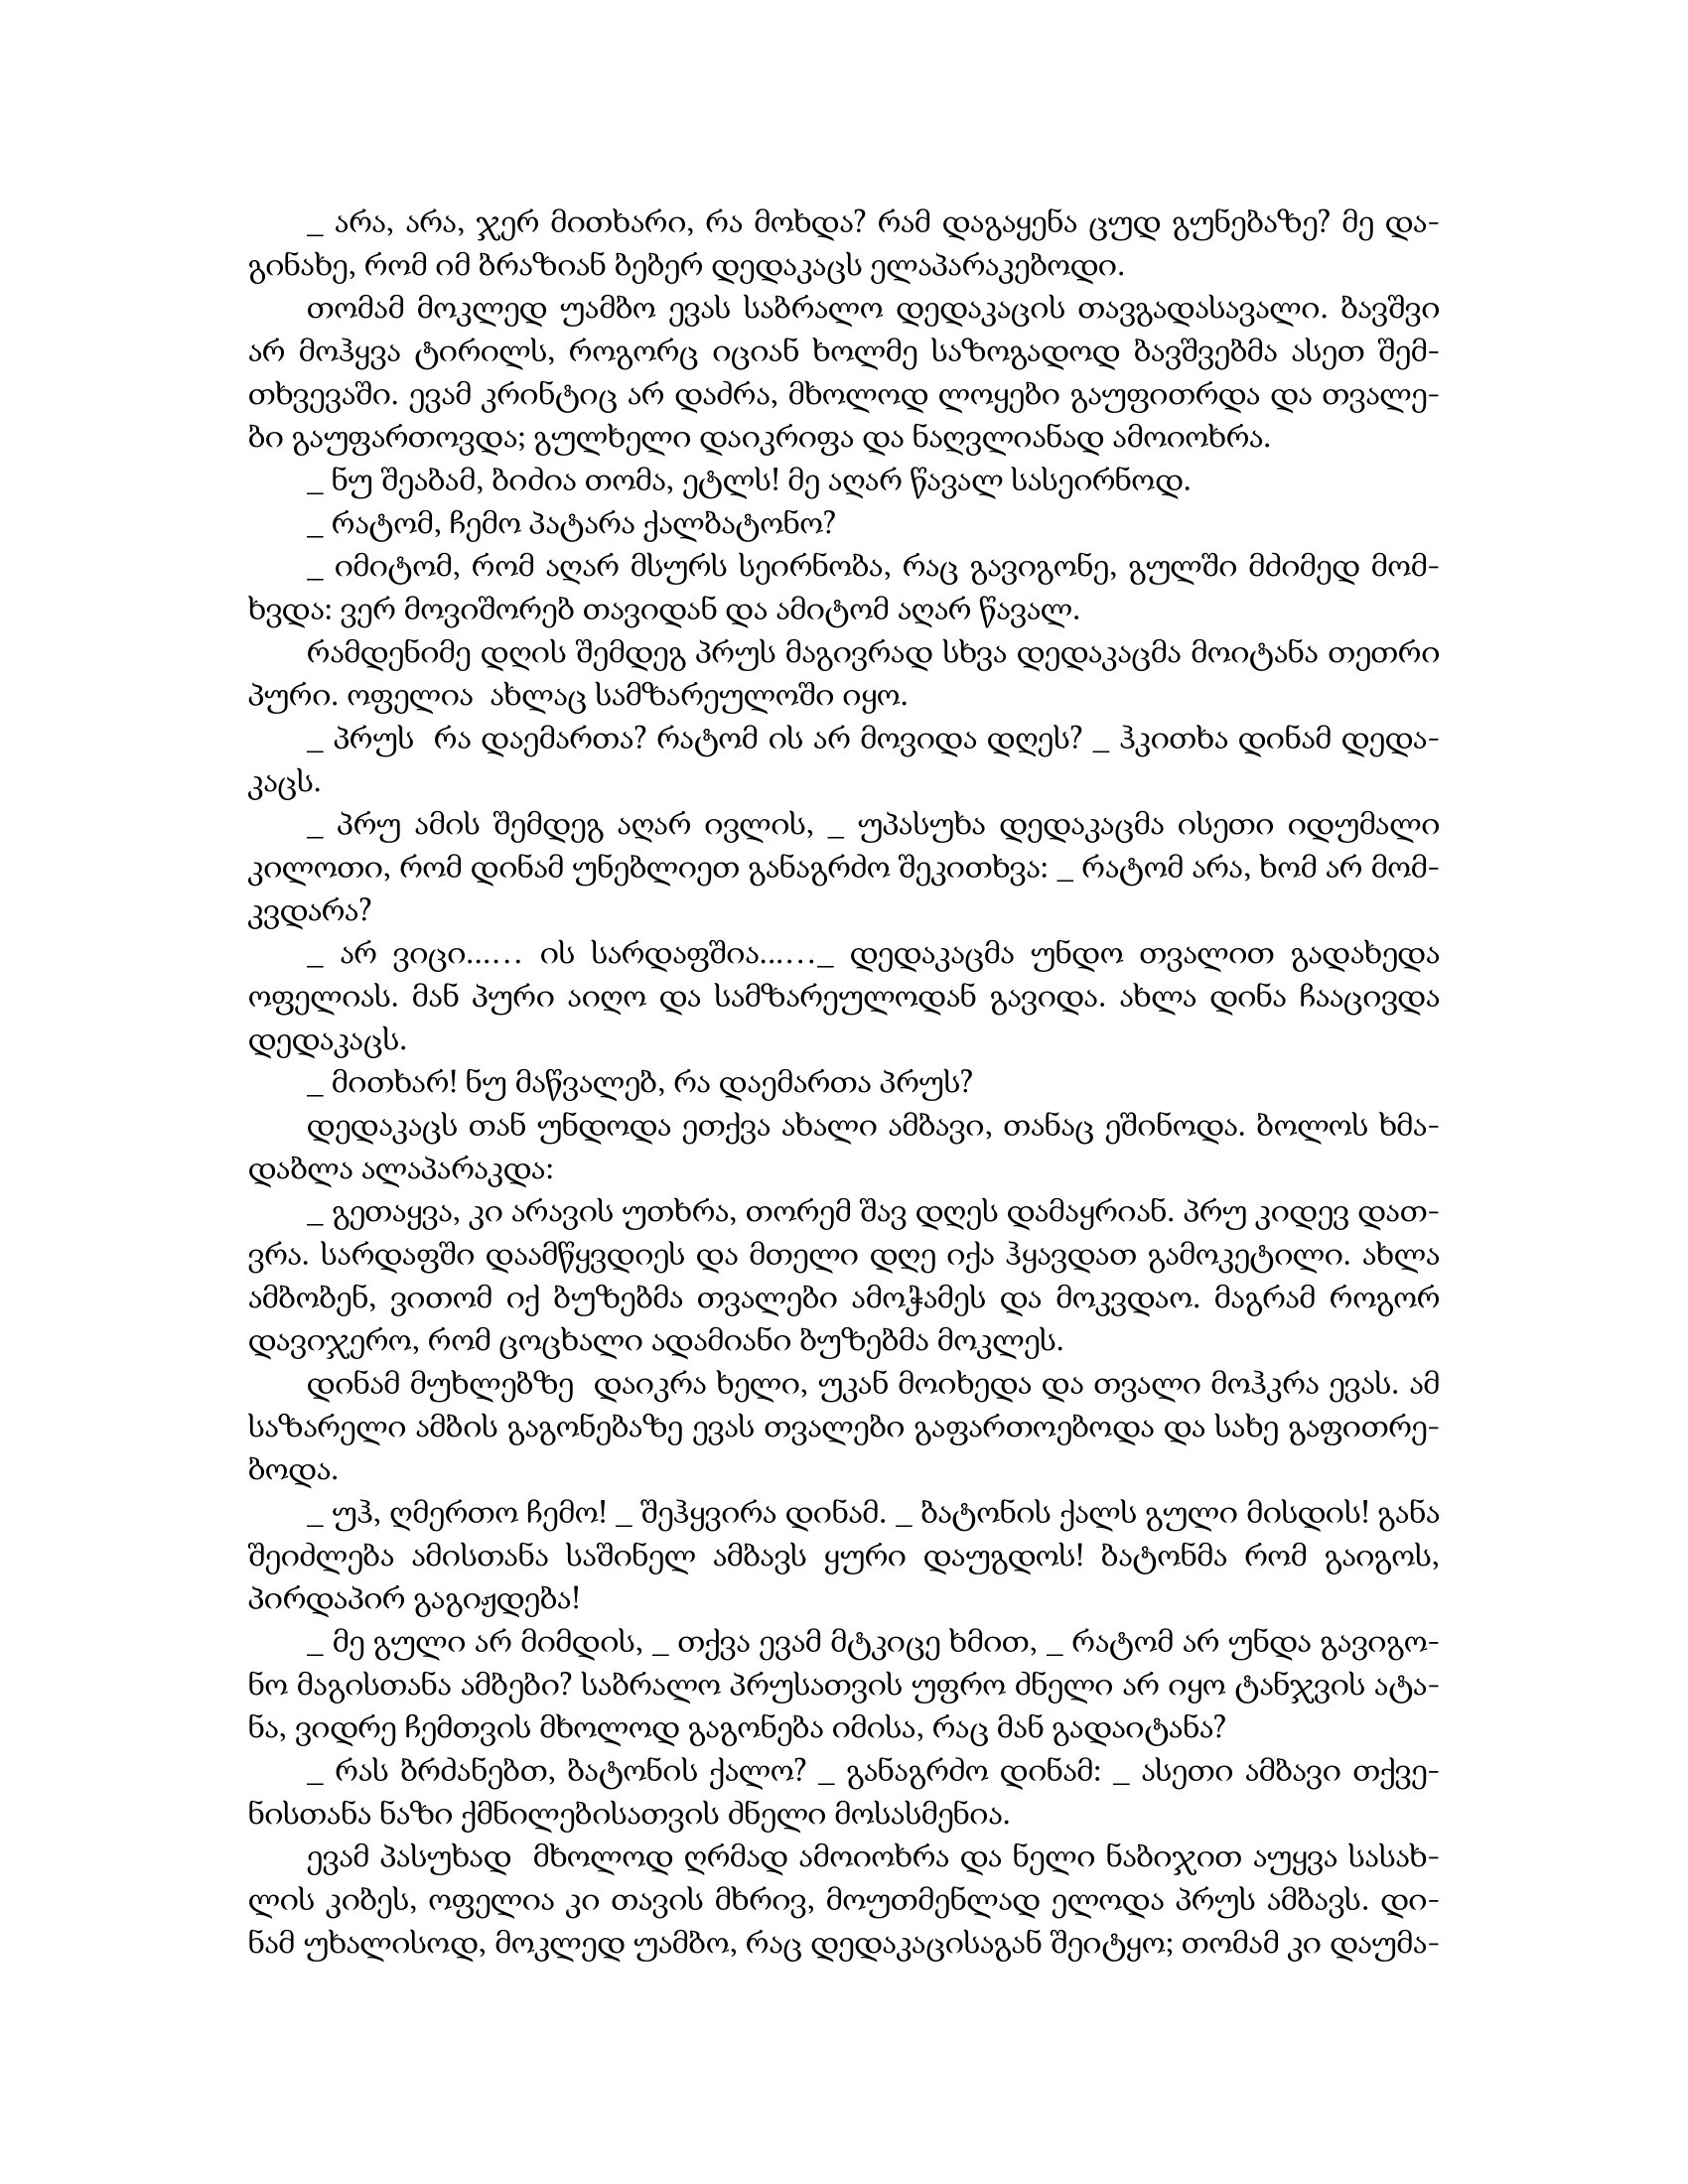
Language: gr